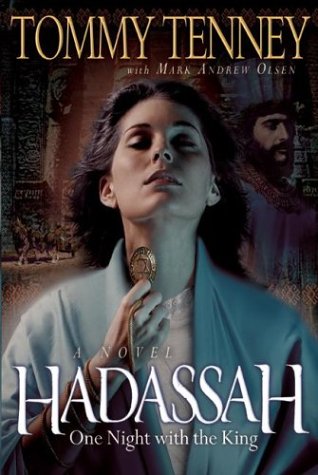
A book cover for Hadassah: One Night with the King; Tommy Tenney; Christian Books & Bibles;